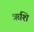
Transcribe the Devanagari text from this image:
ऋशि